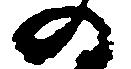
の